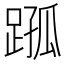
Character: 𨂗